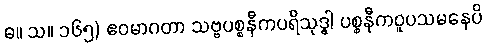
ဓ။ သ။ ၁၆၅) ဧဝမာဂတာ သဗ္ဗပစ္စနီကပရိသုဒ္ဓါ ပစ္စနီကဝူပသမနေပိ